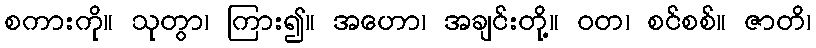
စကားကို။ သုတွာ၊ ကြား၍။ အဟော၊ အချင်းတို့။ ဝတ၊ စင်စစ်။ ဇာတိ၊